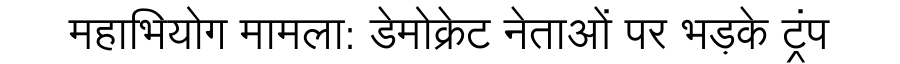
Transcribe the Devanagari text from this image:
महाभियोग मामला: डेमोक्रेट नेताओं पर भड़के ट्रंप